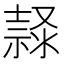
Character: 𱧲